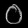
Digit: ၀